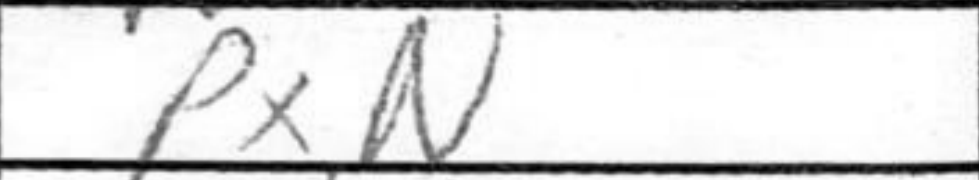
Transcription: PxN